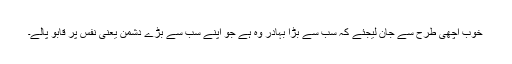
خوب اچھی طرح سے جان لیجئے کہ سب سے بڑا بہادر وہ ہے جو اپنے سب سے بڑے دشمن یعنی نفس پر قابو پالے۔